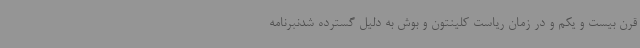
قرن بیست و یکم و در زمان ریاست کلینتون و بوش به دلیل گسترده شدنبرنامه